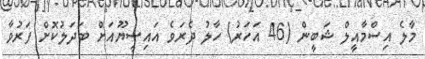
މާލެ އިސްމާާއީލް ޝަބީން (46 އަހަރު) ހާލު ދެރަވެ އައިސީޔޫއަށް ބަދަލުކޮށް ފަރުވާ